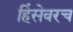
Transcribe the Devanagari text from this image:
हिंसेवरच